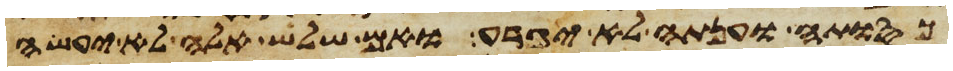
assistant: כסותה וענתה לא יגרע ואם שלש אלה לא יעשה